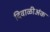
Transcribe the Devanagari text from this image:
दिवाळीअंक